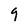
Character: 9